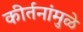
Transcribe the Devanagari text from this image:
कीर्तनांमुळे